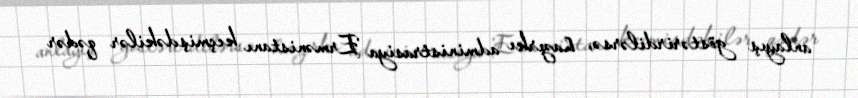
anlayış göstərirdilərsə, hazırkı administrasiya Ermənistanı keçmişdəkilər qədər